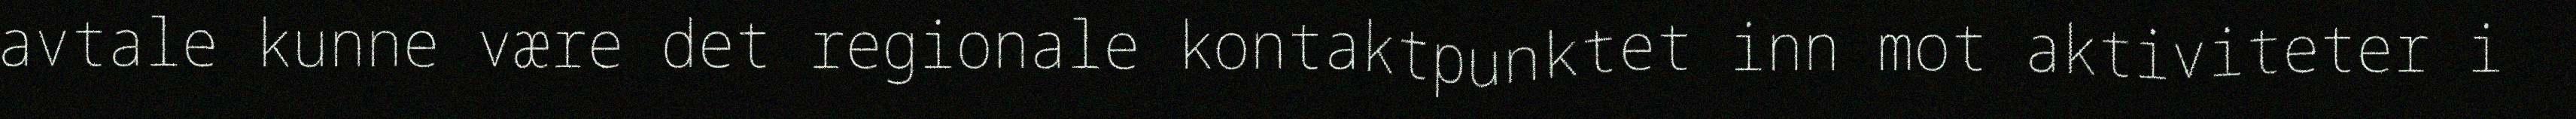
avtale kunne være det regionale kontaktpunktet inn mot aktiviteter i